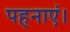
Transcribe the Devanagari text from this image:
पहनाएं।